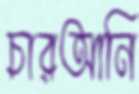
চারআনি